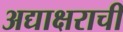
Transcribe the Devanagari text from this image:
अद्याक्षराची